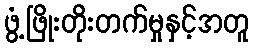
ဖွံ့ဖြိုးတိုးတက်မှုနှင့်အတူ